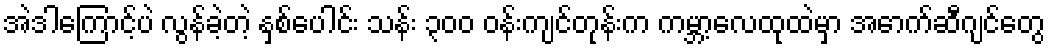
အဲဒါကြောင့်ပဲ လွန်ခဲ့တဲ့ နှစ်ပေါင်း သန်း ၃၀၀ ဝန်းကျင်တုန်းက ကမ္ဘာ့လေထုထဲမှာ အောက်ဆီဂျင်တွေ